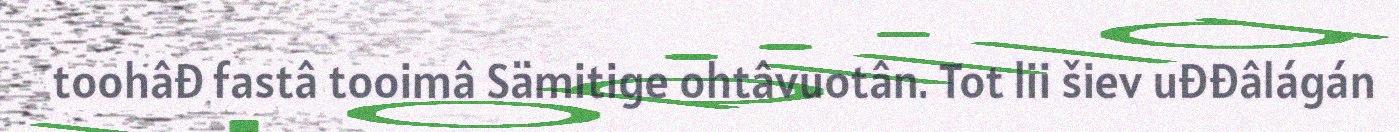
toohâđ fastâ tooimâ Sämitige ohtâvuotân. Tot lii šiev uđđâlágán